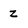
Character: z